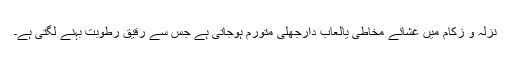
نزلہ و زکام میں غَشائے مخاطی یالعاب دارجھلی متورم ہوجاتی ہے جس سے رقیق رطوبت بہنے لگتی ہے۔